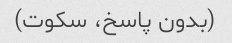
(بدون پاسخ، سکوت)